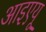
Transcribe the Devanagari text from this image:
आइएयू